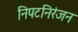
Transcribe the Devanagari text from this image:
निपटनिरंजन